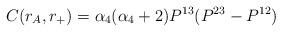
LaTeX: \begin{align*}C(r_A ,r_+)=\alpha_4 (\alpha_4 +2)P^{13}(P^{23} -P^{12})\end{align*}